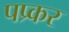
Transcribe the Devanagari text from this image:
पप्र्कर